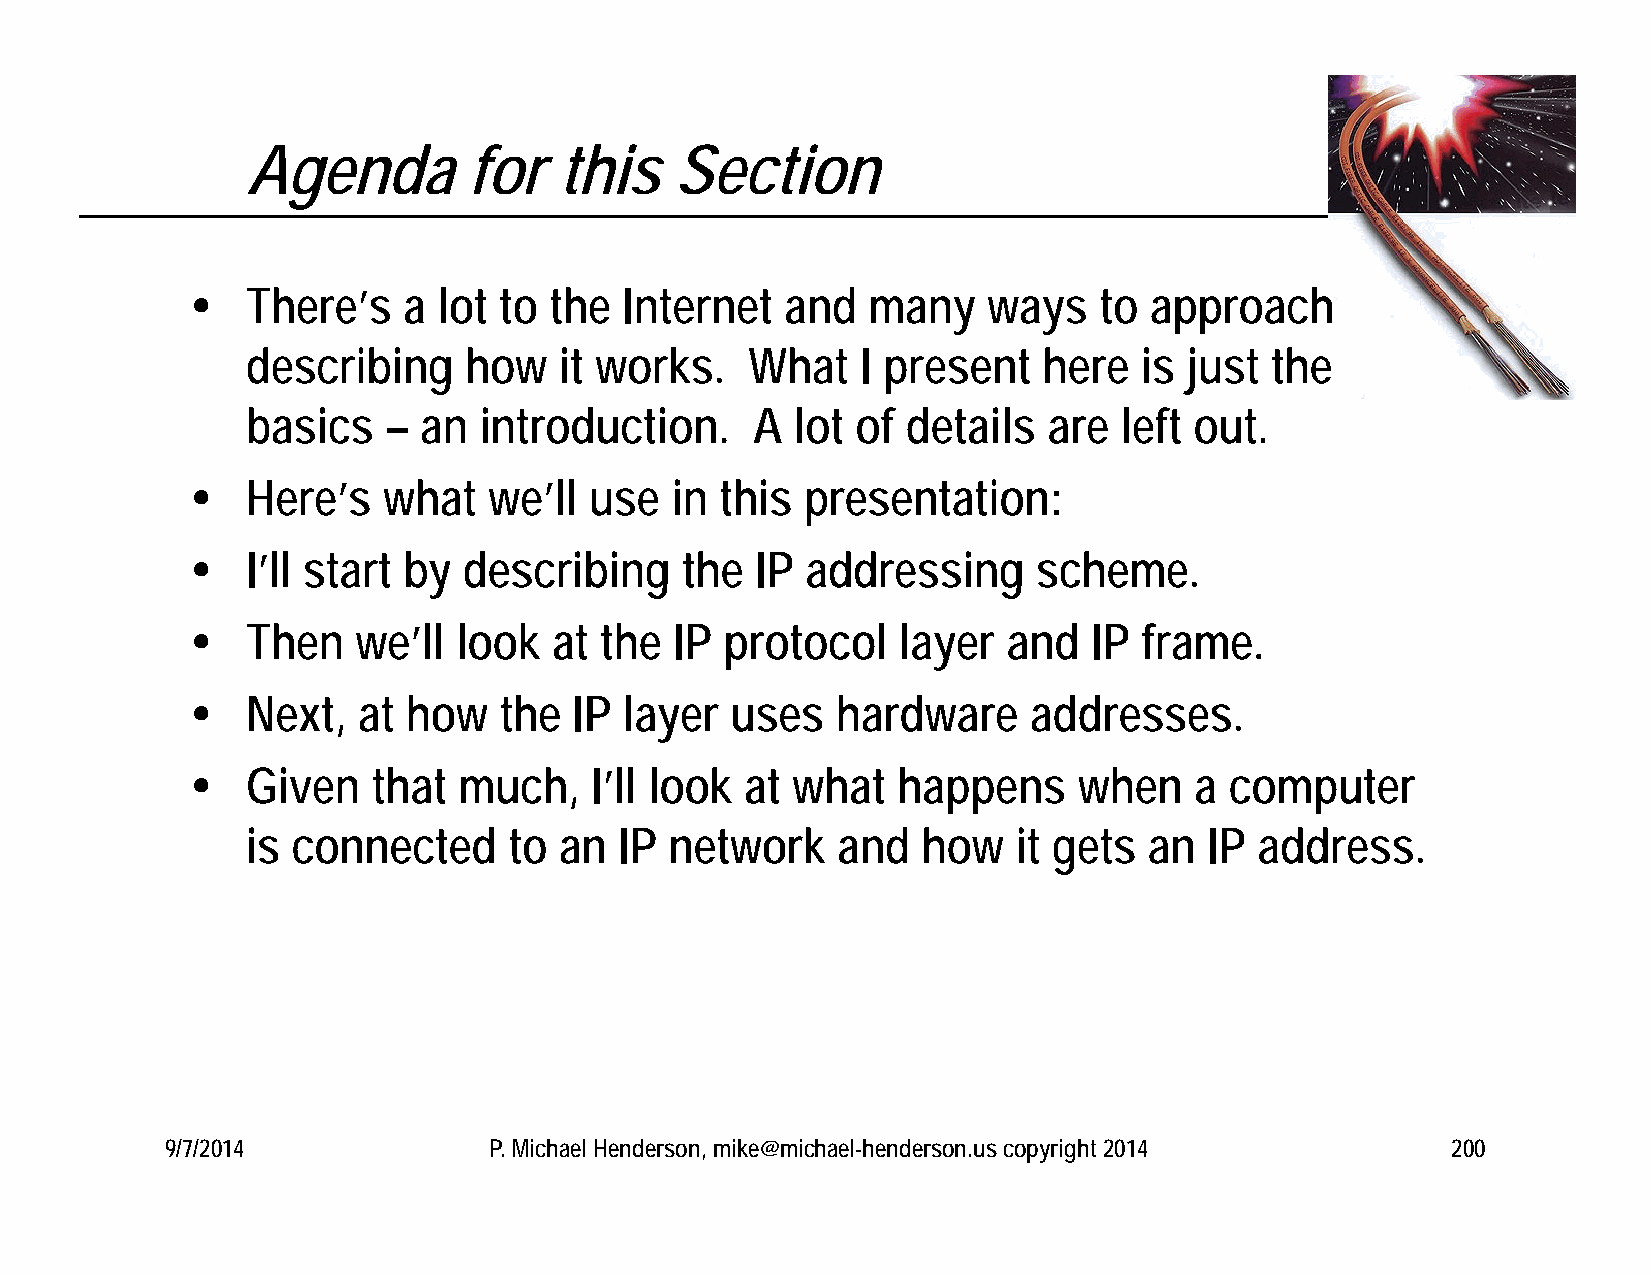
Agenda         for   this    Section
   There’s    a lot to the  Internet   and  many    ways    to approach
 describing     how   it works.    What   I present   here  is  just the
 basics    – an  introduction.     A  lot of details  are  left out.
   Here’s   what   we’ll  use  in  this presentation:
   I’ll start by  describing    the  IP addressing      scheme.
   Then    we’ll look   at the  IP protocol   layer   and  IP  frame.
   Next,   at how   the  IP layer  uses   hardware     addresses.
   Given    that much,    I’ll look at what   happens     when    a computer
 is connected      to an  IP network    and   how   it gets  an  IP address.
 9/7/2014             P. Michael Henderson, mike@michael-henderson.us copyright 2014  200